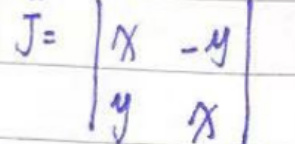
\[
J = \begin{vmatrix}
x & -y \\
y & x
\end{vmatrix}
\]